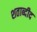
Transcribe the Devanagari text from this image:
शताब्दीद